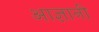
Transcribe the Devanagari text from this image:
आज्ञानी